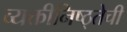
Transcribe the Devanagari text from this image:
व्यक्तीनिष्ठ्तेची